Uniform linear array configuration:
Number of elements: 24
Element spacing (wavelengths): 0.5
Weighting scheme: binomial
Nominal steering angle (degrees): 30
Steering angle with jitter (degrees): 30.301
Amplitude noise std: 0.05
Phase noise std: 0.05

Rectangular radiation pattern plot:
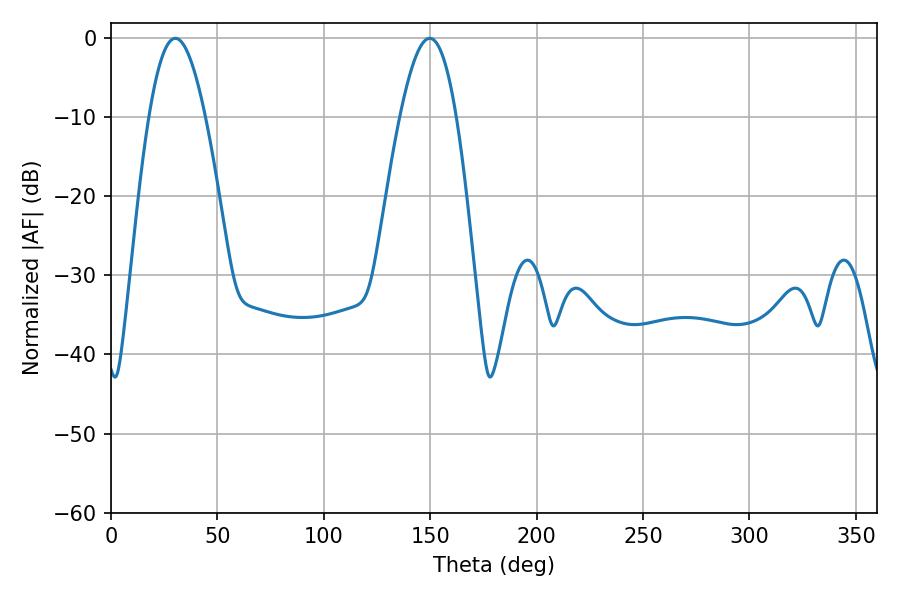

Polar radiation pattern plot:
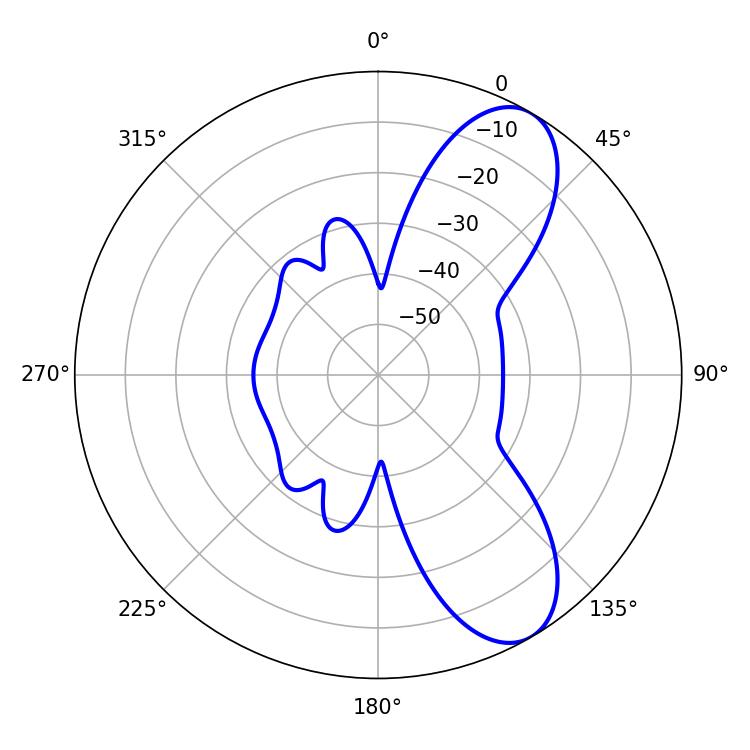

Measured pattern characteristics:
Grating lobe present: FALSE
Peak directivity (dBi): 8.611
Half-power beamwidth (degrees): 14.4
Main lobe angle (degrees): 30.24